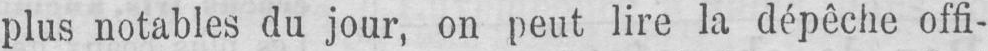
plus notables du jour, on peut lire la dépêche offi-